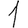
Digit: 1